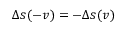
\Delta s ( - v ) = - \Delta s ( v )